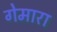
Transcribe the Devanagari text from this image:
गेमारा